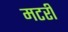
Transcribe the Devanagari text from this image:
मटरी